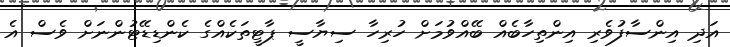
އަދި އިންސާފުވެރި އިންތިހާބެއް ބޭއްވުމަށް ހުރިހާ ސިޔާސީ ޕާޓީތަކެއްގެ ކެންޑިޑޭޓުންނަށް ވެސް އެ